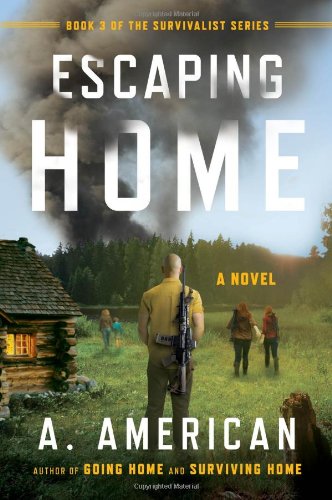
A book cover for Escaping Home: A Novel (The Survivalist Series); A. American; Science Fiction & Fantasy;